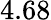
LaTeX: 4.68